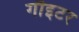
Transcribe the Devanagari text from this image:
गौइटर